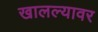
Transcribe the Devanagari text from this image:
खालल्यावर